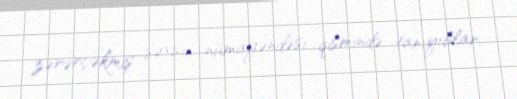
zərərçəkmiş şəxsin nümayəndəsi qismində tanıyıblar.